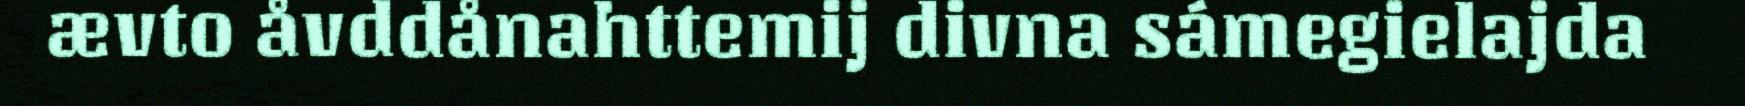
ævto åvddånahttemij divna sámegielajda